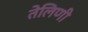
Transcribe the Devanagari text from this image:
तेलिणी